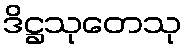
ဒိဋ္ဌသုတေသု